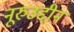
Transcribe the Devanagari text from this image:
नूरुउद्दीन